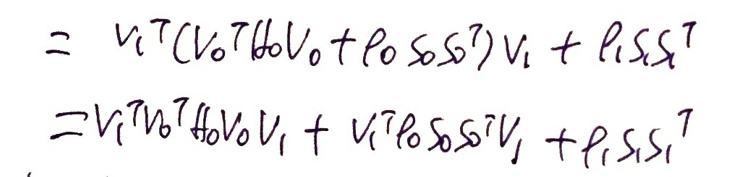
\[
\begin{align*}
&= v_1^T(v_0^T f_0 v_0 + \rho_0 s_0 s_0^T)v_1 + \rho_1 s_1 s_1^T\\
&=v_1^T v_0^T f_0 v_0 v_1 + v_1^T \rho_0 s_0 s_0^T v_1 + \rho_1 s_1 s_1^T
\end{align*}
\]